Vaccine operations Central Provinces 1886-1899 - 1886-1899
Year: 1886
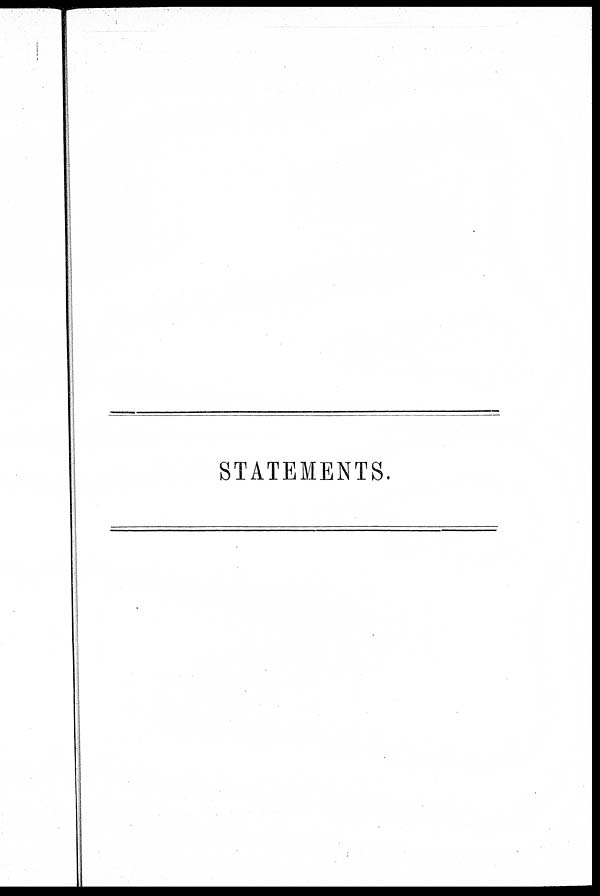
STATEMENTS.